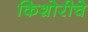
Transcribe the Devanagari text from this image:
किशोरीचे